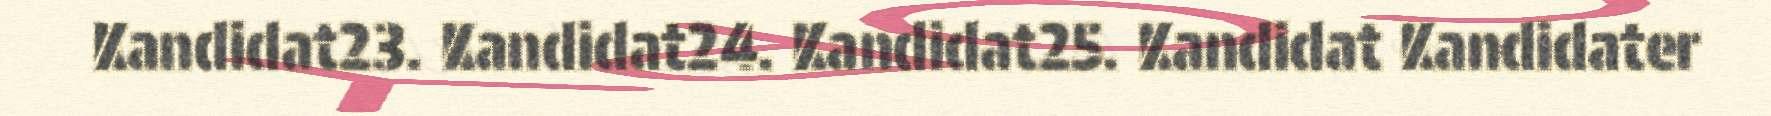
Kandidat23. Kandidat24. Kandidat25. Kandidat Kandidater